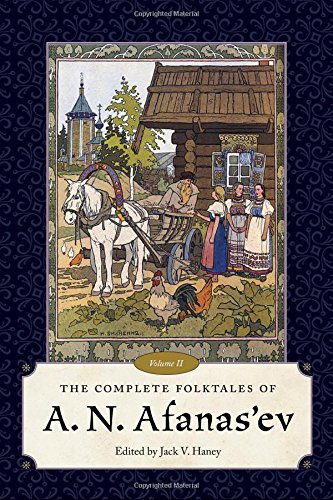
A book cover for The Complete Folktales of A. N. Afanas'ev, Volume II; Literature & Fiction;